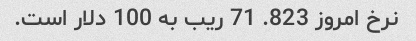
نرخ امروز 823. 71 ریب به 100 دلار است.